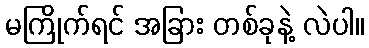
မကြိုက်ရင် အခြား တစ်ခုနဲ့ လဲပါ။